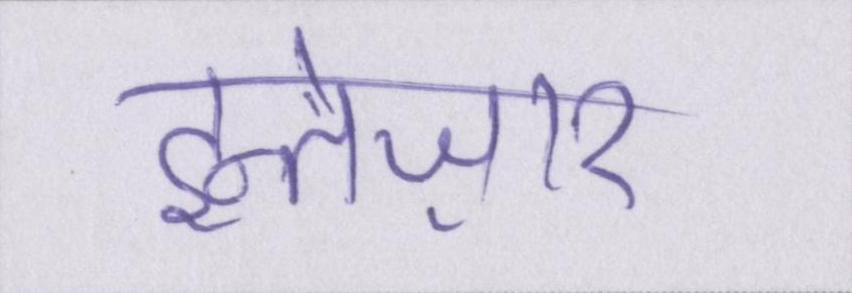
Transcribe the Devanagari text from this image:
इन्तेज़ार